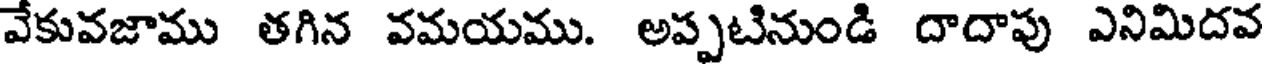
వేకువజాము తగిన వమయము. అప్పటినుండి దాదాపు ఎనిమిదవ